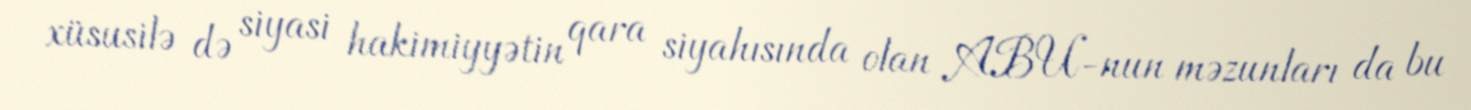
xüsusilə də siyasi hakimiyyətin qara siyahısında olan ABU-nun məzunları da bu